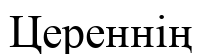
Цереннің